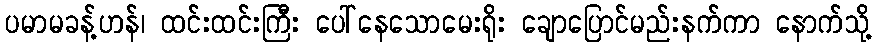
ပမာမခန့်ဟန်၊ ထင်းထင်းကြီး ပေါ်နေသောမေးရိုး ချောပြောင်မည်းနက်ကာ နောက်သို့